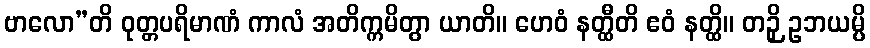
ဗာလော”တိ ဝုတ္တပရိမာဏံ ကာလံ အတိက္ကမိတွာ ယာတိ။ ဟေဝံ နတ္ထီတိ ဧဝံ နတ္ထိ။ တဉှိ ဥဘယမ္ပိ